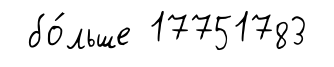
бо́льше 17751783